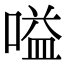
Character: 嗌